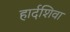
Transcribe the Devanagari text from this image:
हार्दशिवा